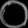
Digit: ၀